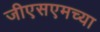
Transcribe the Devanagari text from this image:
जीएसएमच्या